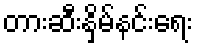
တားဆီးနှိမ်နင်းရေး